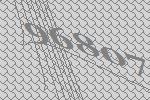
96807